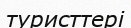
туристтері